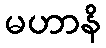
မဟာနိ